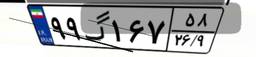
۹۹گ۱۶۷۵۸